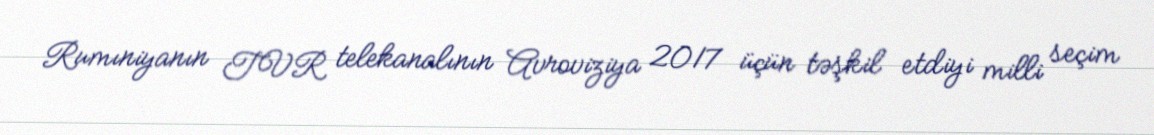
Rumıniyanın TVR telekanalının Avroviziya 2017 üçün təşkil etdiyi milli seçim